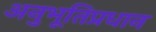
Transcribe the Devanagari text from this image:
अनुभूतिप्रधान